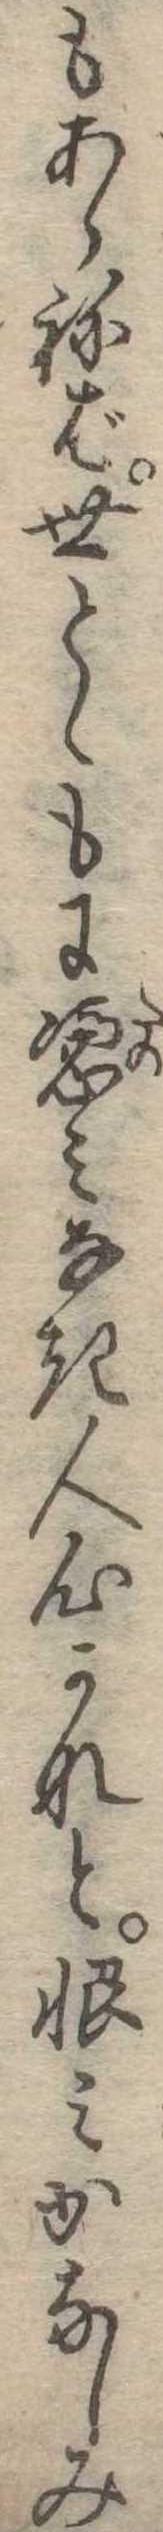
もあらねば世とゝもに憑みなき人心かなと恨みかなしみ